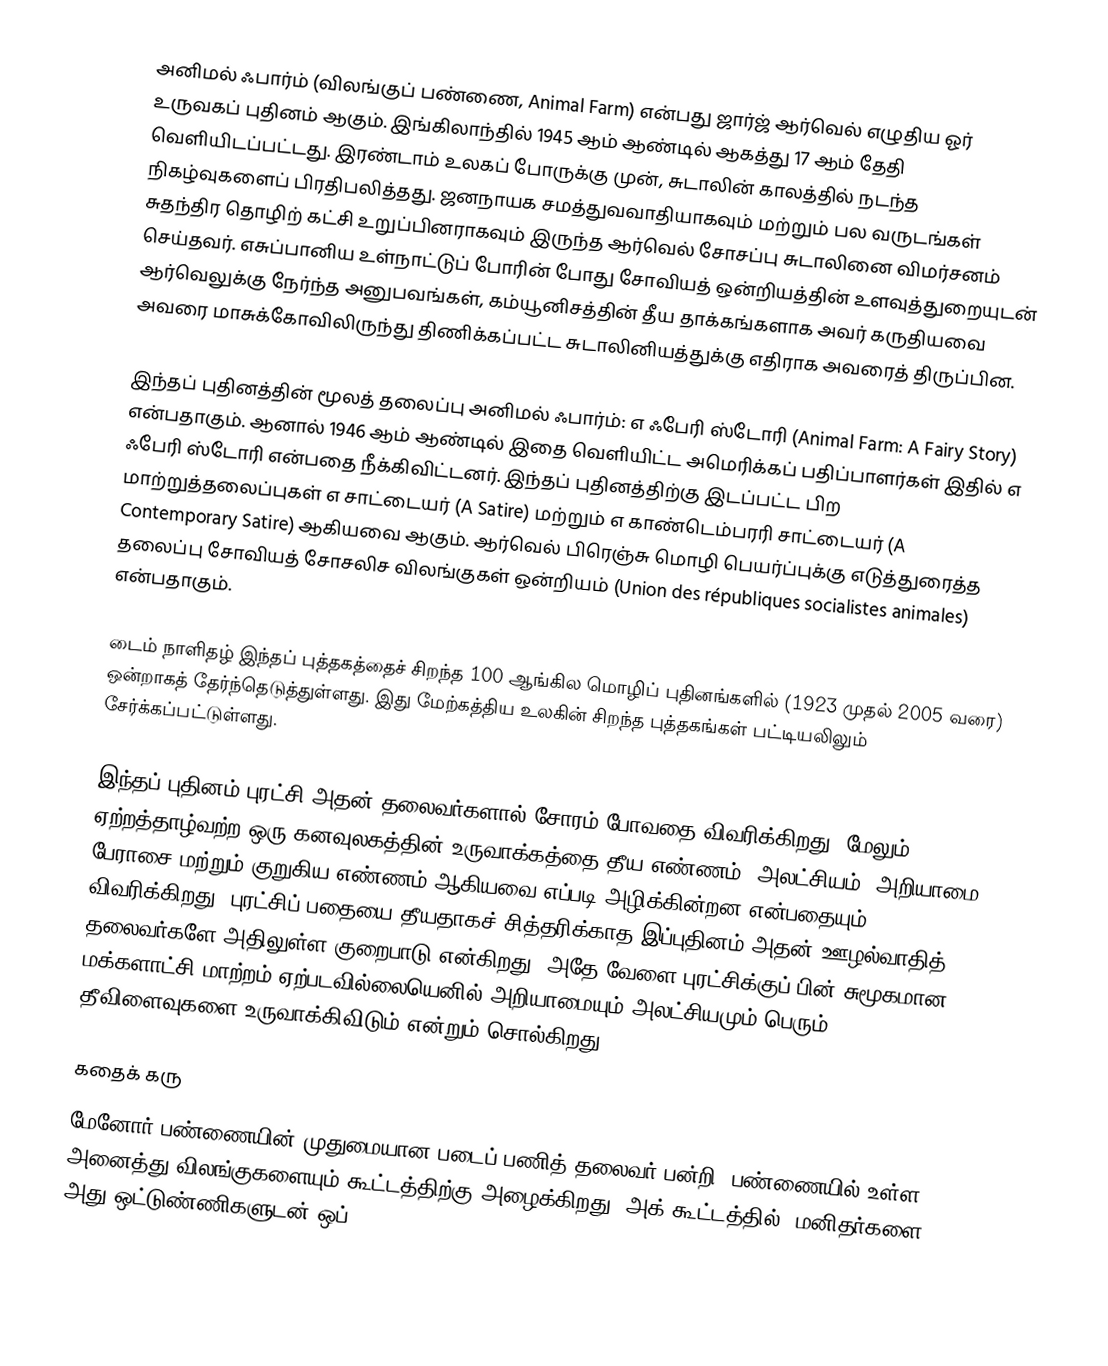
அனிமல் ஃபார்ம் (விலங்குப் பண்ணை, Animal Farm) என்பது ஜார்ஜ் ஆர்வெல் எழுதிய ஓர் உருவகப் புதினம் ஆகும்.  இங்கிலாந்தில் 1945 ஆம் ஆண்டில் ஆகத்து 17 ஆம் தேதி  வெளியிடப்பட்டது. இரண்டாம் உலகப் போருக்கு முன், சுடாலின் காலத்தில் நடந்த நிகழ்வுகளைப் பிரதிபலித்தது. ஜனநாயக சமத்துவவாதியாகவும் மற்றும் பல வருடங்கள் சுதந்திர தொழிற் கட்சி உறுப்பினராகவும் இருந்த ஆர்வெல் சோசப்பு சுடாலினை விமர்சனம் செய்தவர். எசுப்பானிய உள்நாட்டுப் போரின் போது சோவியத் ஒன்றியத்தின் உளவுத்துறையுடன் ஆர்வெலுக்கு நேர்ந்த அனுபவங்கள், கம்யூனிசத்தின் தீய தாக்கங்களாக அவர் கருதியவை அவரை மாசுக்கோவிலிருந்து திணிக்கப்பட்ட சுடாலினியத்துக்கு எதிராக அவரைத் திருப்பின.

இந்தப் புதினத்தின் மூலத் தலைப்பு அனிமல் ஃபார்ம்: எ ஃபேரி ஸ்டோரி (Animal Farm: A Fairy Story)  என்பதாகும். ஆனால் 1946 ஆம் ஆண்டில் இதை வெளியிட்ட அமெரிக்கப் பதிப்பாளர்கள் இதில் எ ஃபேரி ஸ்டோரி  என்பதை நீக்கிவிட்டனர். இந்தப் புதினத்திற்கு இடப்பட்ட பிற மாற்றுத்தலைப்புகள் எ சாட்டையர் (A Satire)  மற்றும் எ காண்டெம்பரரி சாட்டையர் (A Contemporary Satire)  ஆகியவை ஆகும். ஆர்வெல் பிரெஞ்சு மொழி பெயர்ப்புக்கு எடுத்துரைத்த தலைப்பு சோவியத் சோசலிச விலங்குகள் ஒன்றியம் (Union des républiques socialistes animales) என்பதாகும்.

டைம்  நாளிதழ் இந்தப் புத்தகத்தைச் சிறந்த 100 ஆங்கில மொழிப் புதினங்களில் (1923 முதல் 2005 வரை) ஒன்றாகத் தேர்ந்தெடுத்துள்ளது. இது மேற்கத்திய உலகின் சிறந்த புத்தகங்கள் பட்டியலிலும் சேர்க்கப்பட்டுள்ளது.

இந்தப் புதினம் புரட்சி அதன் தலைவர்களால் சோரம் போவதை விவரிக்கிறது. மேலும் ஏற்றத்தாழ்வற்ற ஒரு கனவுலகத்தின் உருவாக்கத்தை தீய எண்ணம், அலட்சியம், அறியாமை, பேராசை மற்றும் குறுகிய எண்ணம் ஆகியவை எப்படி அழிக்கின்றன என்பதையும் விவரிக்கிறது.  புரட்சிப் பதையை தீயதாகச் சித்தரிக்காத இப்புதினம் அதன் ஊழல்வாதித் தலைவர்களே அதிலுள்ள குறைபாடு என்கிறது. அதே வேளை புரட்சிக்குப் பின் சுமூகமான மக்களாட்சி மாற்றம் ஏற்படவில்லையெனில் அறியாமையும் அலட்சியமும் பெரும் தீவிளைவுகளை உருவாக்கிவிடும் என்றும் சொல்கிறது.

கதைக் கரு
மேனோர் பண்ணையின் முதுமையான படைப் பணித் தலைவர் பன்றி, பண்ணையில் உள்ள அனைத்து விலங்குகளையும் கூட்டத்திற்கு அழைக்கிறது. அக் கூட்டத்தில், மனிதர்களை அது ஒட்டுண்ணிகளுடன் ஒப்